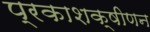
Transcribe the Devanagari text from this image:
प्रकाशक्षीणन